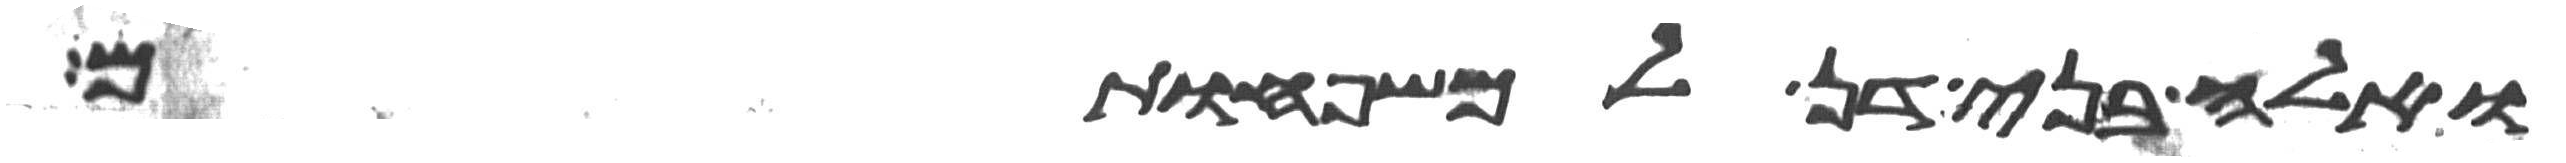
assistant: ואלה בני דן למשפחותם